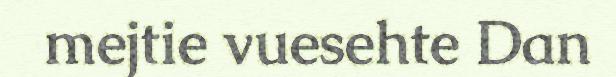
mejtie vuesehte Dan